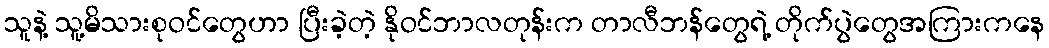
သူနဲ့ သူ့မိသားစုဝင်တွေဟာ ပြီးခဲ့တဲ့ နိုဝင်ဘာလတုန်းက တာလီဘန်တွေရဲ့ တိုက်ပွဲတွေအကြားကနေ